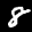
Label: 8